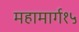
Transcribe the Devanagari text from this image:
महामार्ग१५